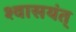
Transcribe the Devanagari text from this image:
श्वासयंत्